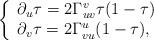
LaTeX: \begin{align*} \left\{ \begin{array}{lr} \partial_u\tau=2\Gamma_{uv}^v\tau(1-\tau)\\ \partial_v\tau=2\Gamma_{vu}^u(1-\tau), \end{array}\right.\end{align*}